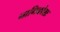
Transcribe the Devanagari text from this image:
नाभिकोशः